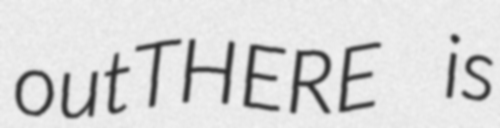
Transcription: outTHERE is